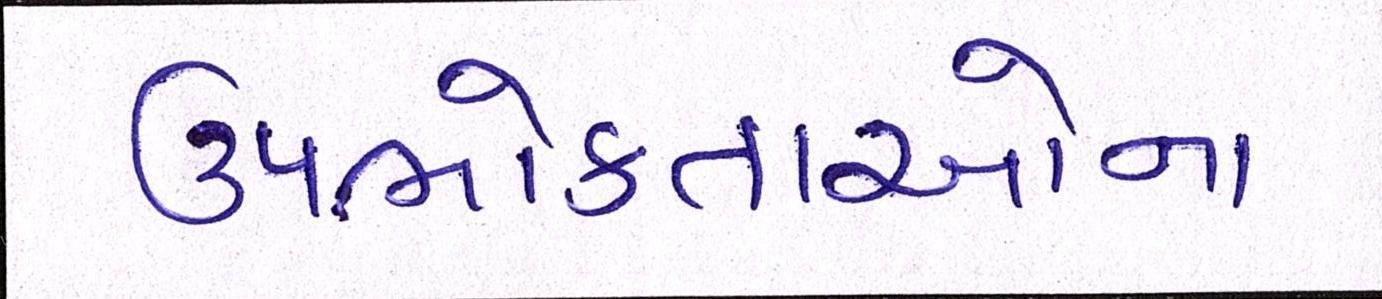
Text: ઉપભોક્તાઓના